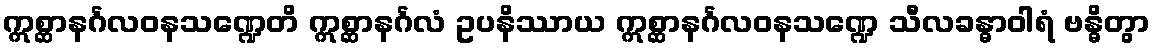
ဣစ္ဆာနင်္ဂလဝနသဏ္ဍေတိ ဣစ္ဆာနင်္ဂလံ ဥပနိဿာယ ဣစ္ဆာနင်္ဂလဝနသဏ္ဍေ သီလခန္ဓာဝါရံ ဗန္ဓိတွာ